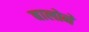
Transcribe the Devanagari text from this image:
बालोने